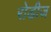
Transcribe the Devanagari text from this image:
रोडीज